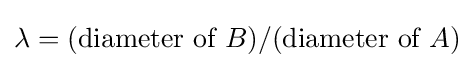
\lambda =({\text{diameter of}}\ B)/({\text{diameter of}}\ A)